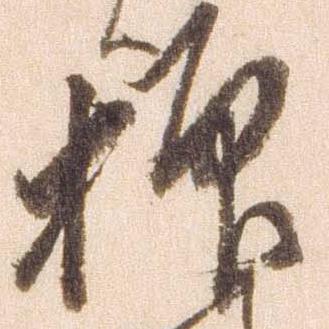
抑